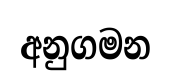
අනුගමන